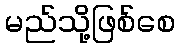
မည်သို့ဖြစ်စေ